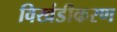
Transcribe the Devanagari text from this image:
विखंडीकरण